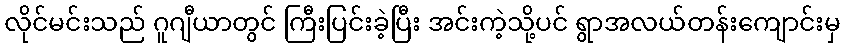
လိုင်မင်းသည် ဂူဂျီယာတွင် ကြီးပြင်းခဲ့ပြီး အင်းကဲ့သို့ပင် ရွာအလယ်တန်းကျောင်းမှ